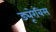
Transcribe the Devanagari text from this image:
ड्यूरेबिस